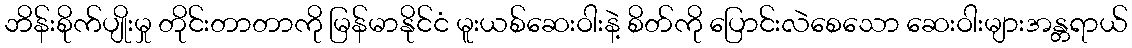
ဘိန်းစိုက်ပျိုးမှု တိုင်းတာတာကို မြန်မာနိုင်ငံ မူးယစ်ဆေးဝါးနဲ့ စိတ်ကို ပြောင်းလဲစေသော ဆေးဝါးများအန္တရာယ်